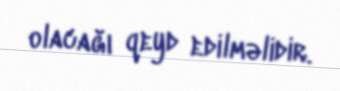
olacağı qeyd edilməlidir.